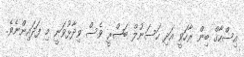
އިސްހާޤް ބިން ރާހަވީ އަދި ހަސަނުލް ބަޞްރީ ވެސް ވިދާޅުވަނީ މި ފަދައިންނެވެ.